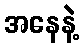
အနေနဲ့